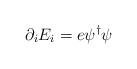
LaTeX: \begin{align*}\partial_iE_i=e\psi^\dagger\psi\end{align*}